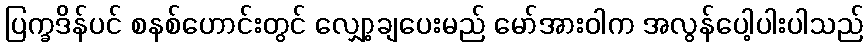
ပြက္ခဒိန်ပင် စနစ်ဟောင်းတွင် လျှော့ချပေးမည် မော်အားဝါက အလွန်ပေါ့ပါးပါသည်